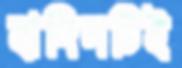
হাদিসটিই